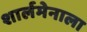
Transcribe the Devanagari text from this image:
शार्लमेनाला